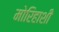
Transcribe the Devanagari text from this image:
मोरिहाशी